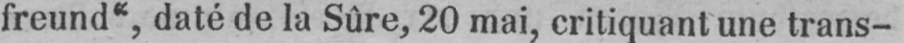
freund“, daté de la Sûre, 20 mai, critiquant une trans-